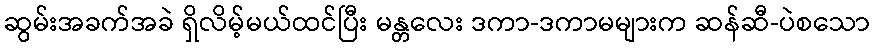
ဆွမ်းအခက်အခဲ ရှိလိမ့်မယ်ထင်ပြီး မန္တလေး ဒကာ-ဒကာမများက ဆန်ဆီ-ပဲစသော